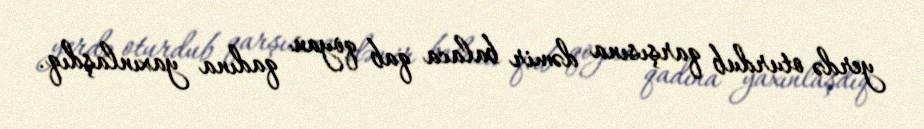
yerdə oturdub qarşısına dəmir balaca qab qoyan qadına yaxınlaşdıq.